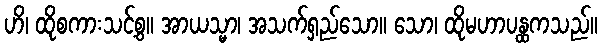
ဟိ၊ ထိုစကားသင့်စွ။ အာယသ္မာ၊ အသက်ရှည်သော။ သော၊ ထိုမဟာပန္ထကသည်။